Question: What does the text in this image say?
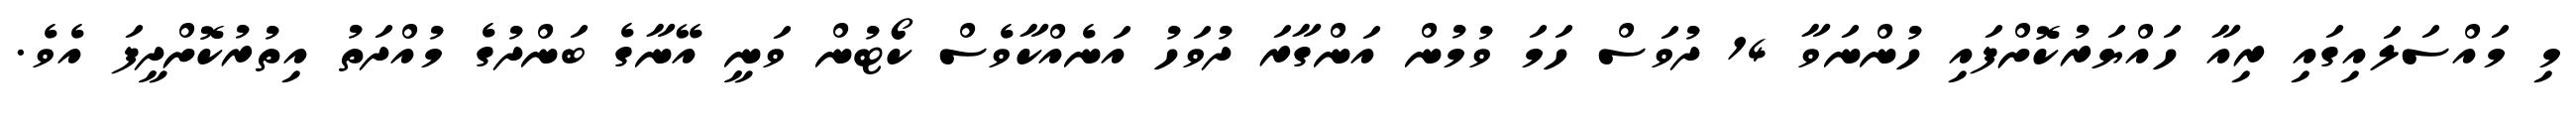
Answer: މި މައްސަލައިގައި ރިއާ ހައްޔަރުކޮށްފައި ހުންނަވާ 14 ދުވަސް ހަމަ ވުމުން އަންގާރަ ދުވަހު އަނެއްކާވެސް ކޯޓުން ވަނީ އޭނާގެ ބަންދުގެ މުއްދަތު އިތުރުކޮށްދީފަ އެވެ.